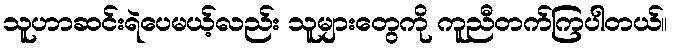
သူဟာဆင်းရဲပေမယ့်လည်း သူများတွေကို ကူညီတက်ကြပါတယ်။